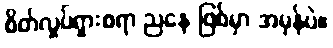
စိတ်လှုပ်ရှားစရာ ညနေ ဖြစ်မှာ အမှန်ပဲ။